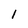
Character: l